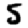
Digit: 5